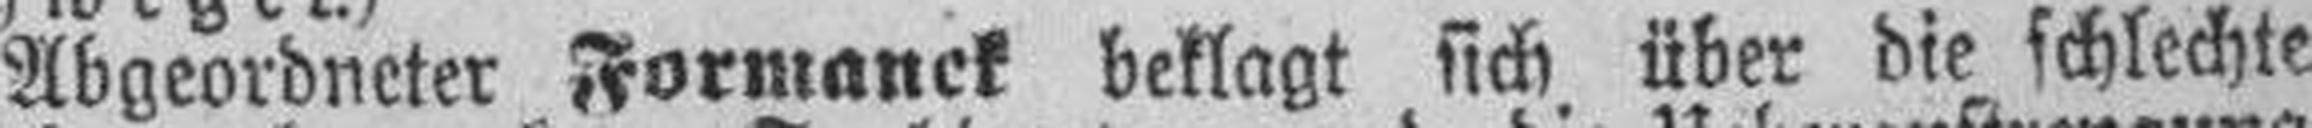
Abgeordneter Formanek beklagt sich über die schlechte